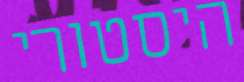
היסטורי